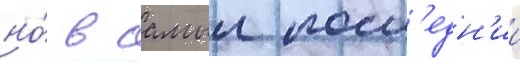
но́ в самыи посл'едн'ии